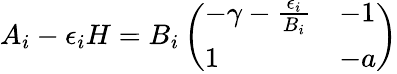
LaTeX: A_{i}-\epsilon_{i}H=B_{i}\left(\begin{array}{ll}{-\gamma-\frac{\epsilon_{i}}{B_{i}}}&{-1}\\ {1}&{-a}\end{array}\right)